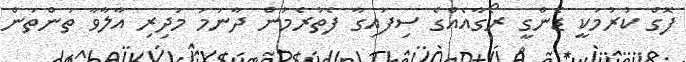
ފޮގް ކުރުމަކީ ޑެންގީ ރޯގާއެއްގެ ސިފައިގާ ފެތުރެމުން ދާނަމަ މަދިރި އާލާވާ ތަންތަން